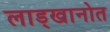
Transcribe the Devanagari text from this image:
लाड्खानोत